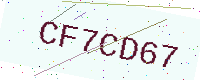
Text: CF7CD67